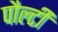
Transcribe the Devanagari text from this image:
पौल्टी